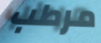
مرطب